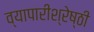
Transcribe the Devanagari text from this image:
व्यापारीश्रेष्ठी